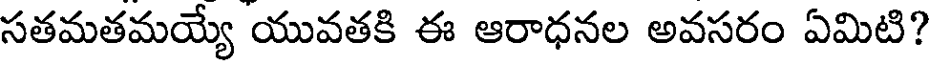
సతమతమయ్యే యువతకి ఈ ఆరాధనల అవసరం ఏమిటి?